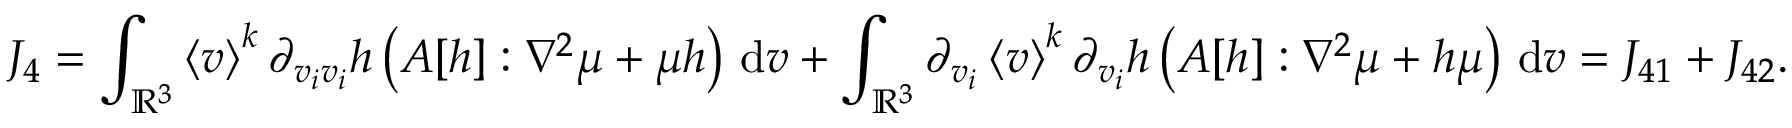
J _ { 4 } = \int _ { \ensuremath { { \mathbb R } } ^ { 3 } } \left\langle v \right\rangle ^ { k } \partial _ { v _ { i } v _ { i } } h \left( A [ h ] : \nabla ^ { 2 } \mu + \mu h \right) \, \mathrm { d } v + \int _ { \ensuremath { { \mathbb R } } ^ { 3 } } \partial _ { v _ { i } } \left\langle v \right\rangle ^ { k } \partial _ { v _ { i } } h \left( A [ h ] : \nabla ^ { 2 } \mu + h \mu \right) \, \mathrm { d } v = J _ { 4 1 } + J _ { 4 2 } .